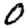
Digit: 0